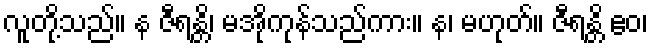
လူတို့သည်။ န ဇီရန္တိ၊ မအိုကုန်သည်ကား။ န၊ မဟုတ်။ ဇီရန္တိ ဧဝ၊